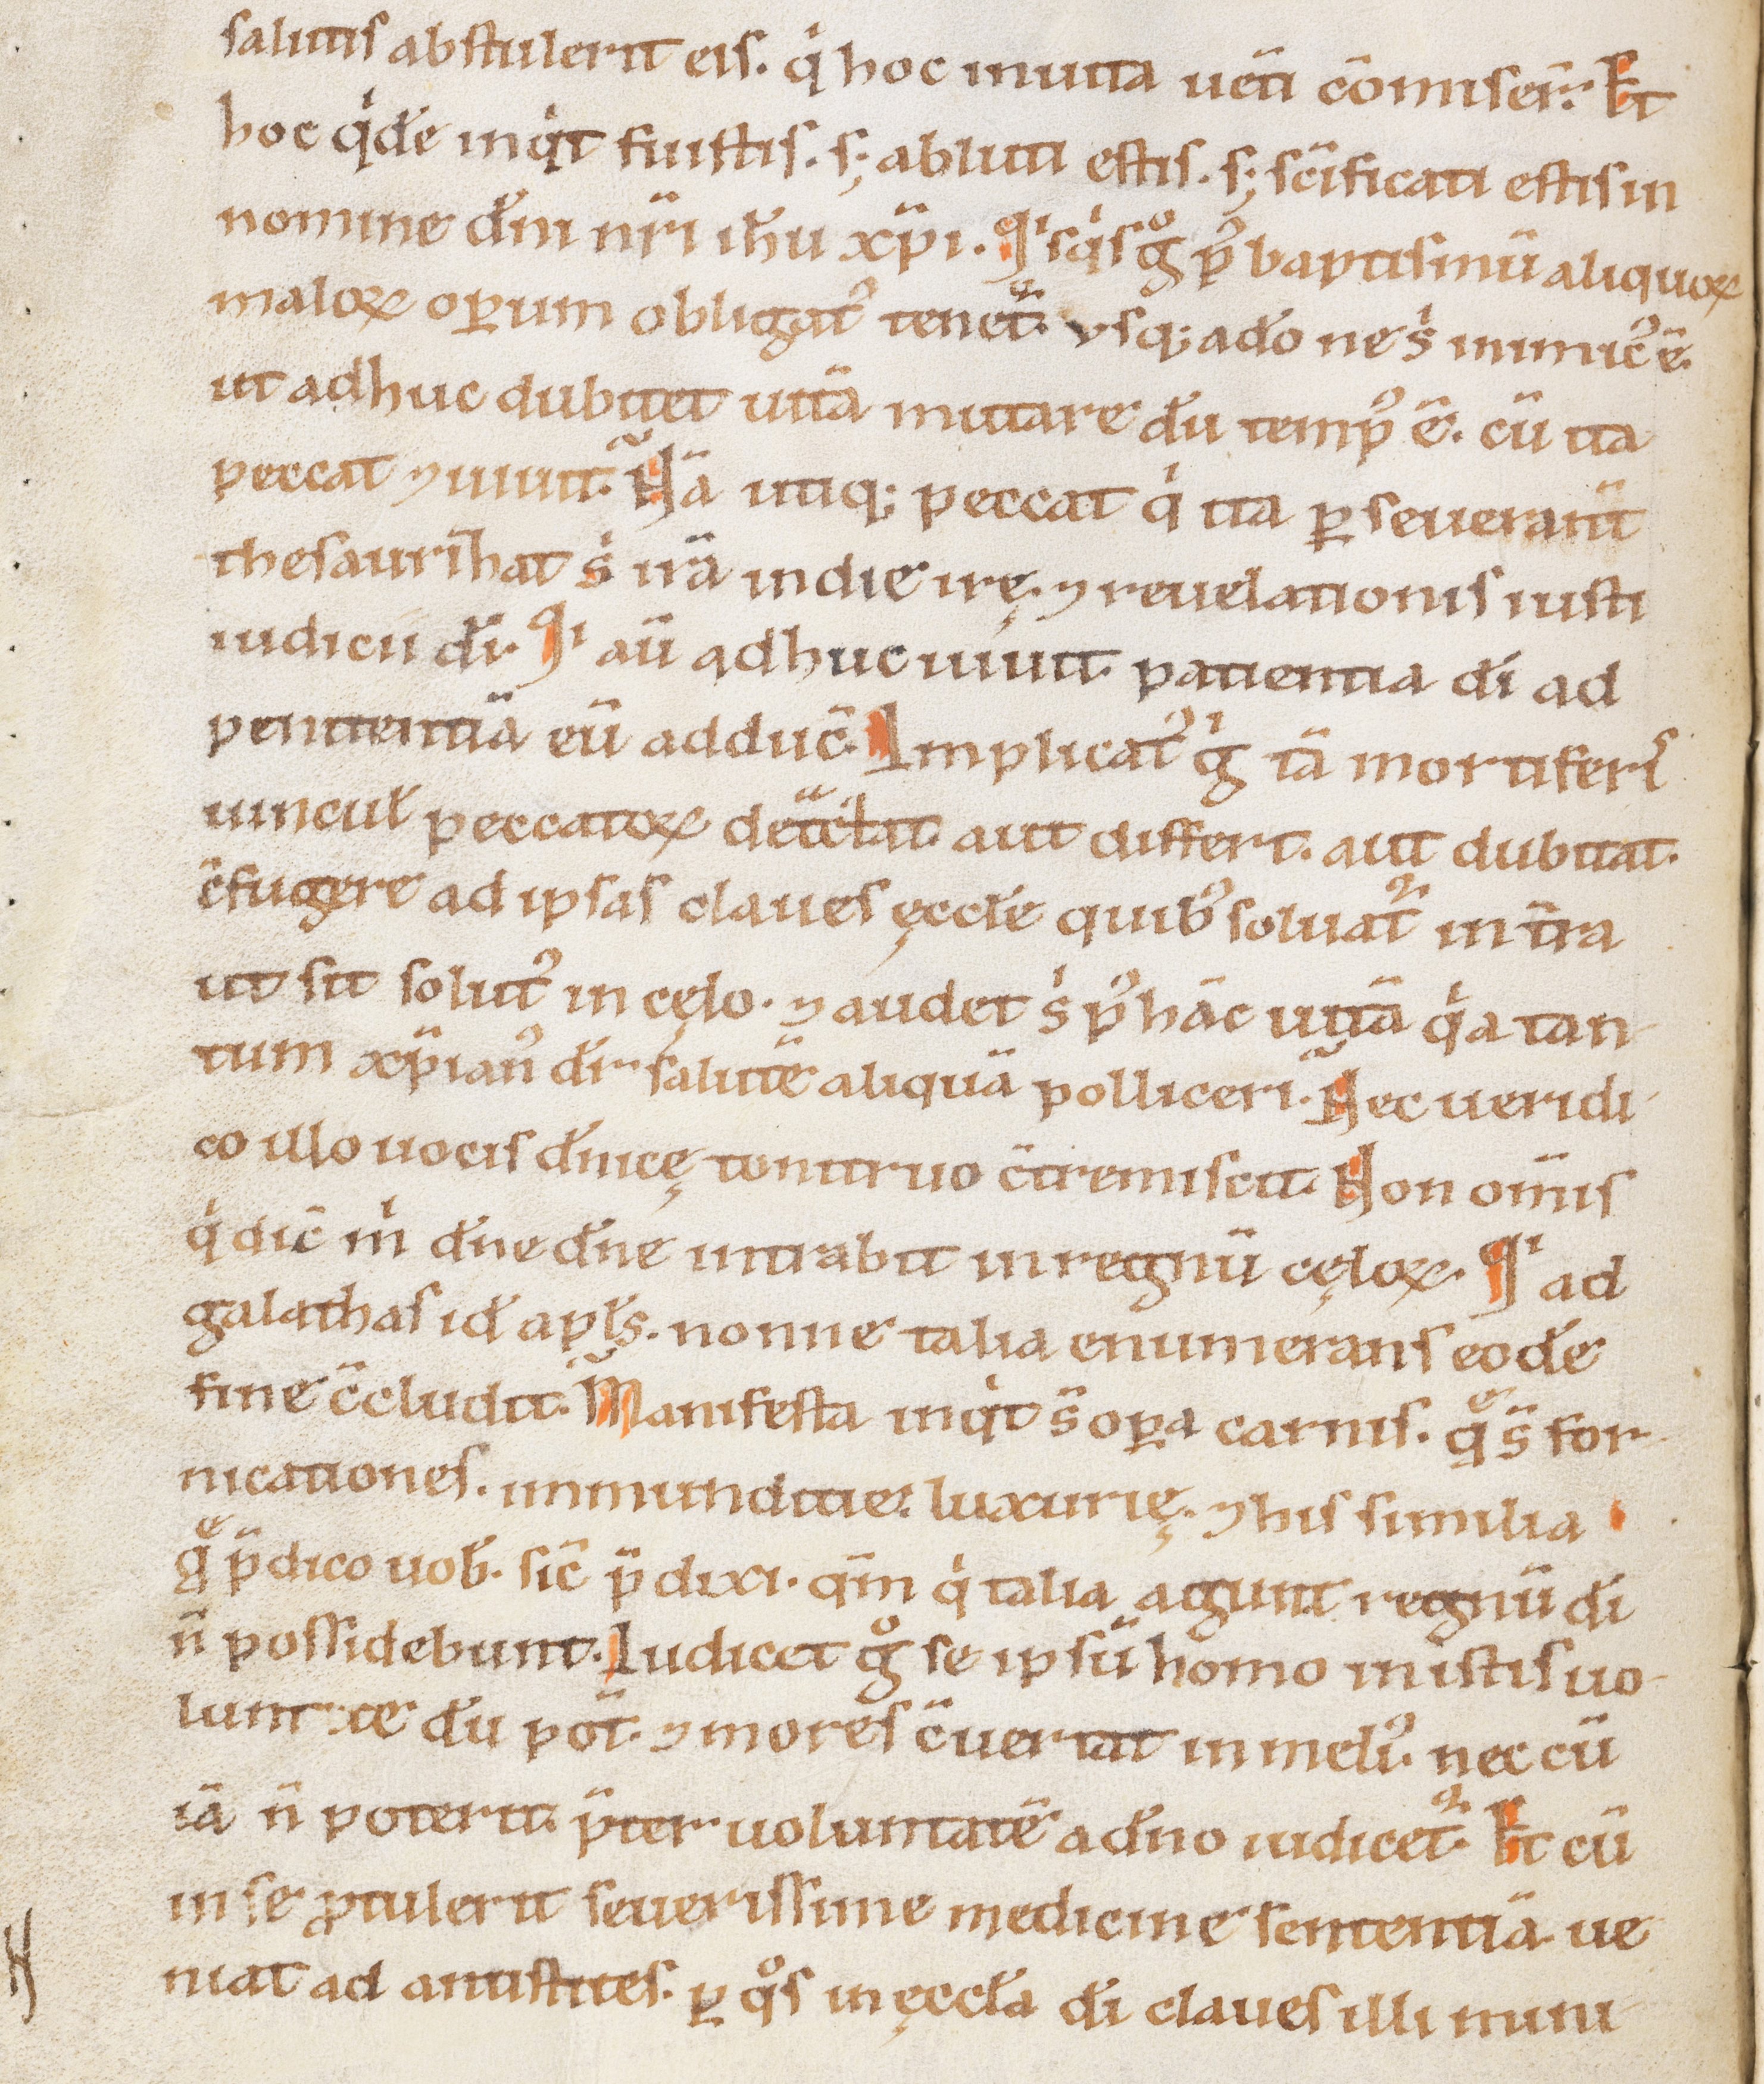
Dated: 1100–1199